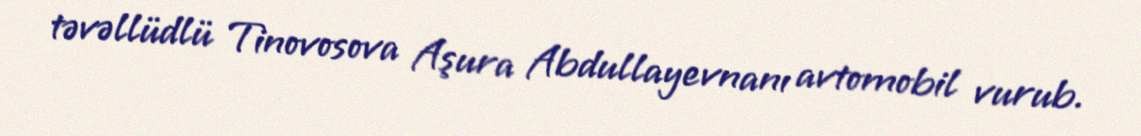
təvəllüdlü Tinovosova Aşura Abdullayevnanı avtomobil vurub.